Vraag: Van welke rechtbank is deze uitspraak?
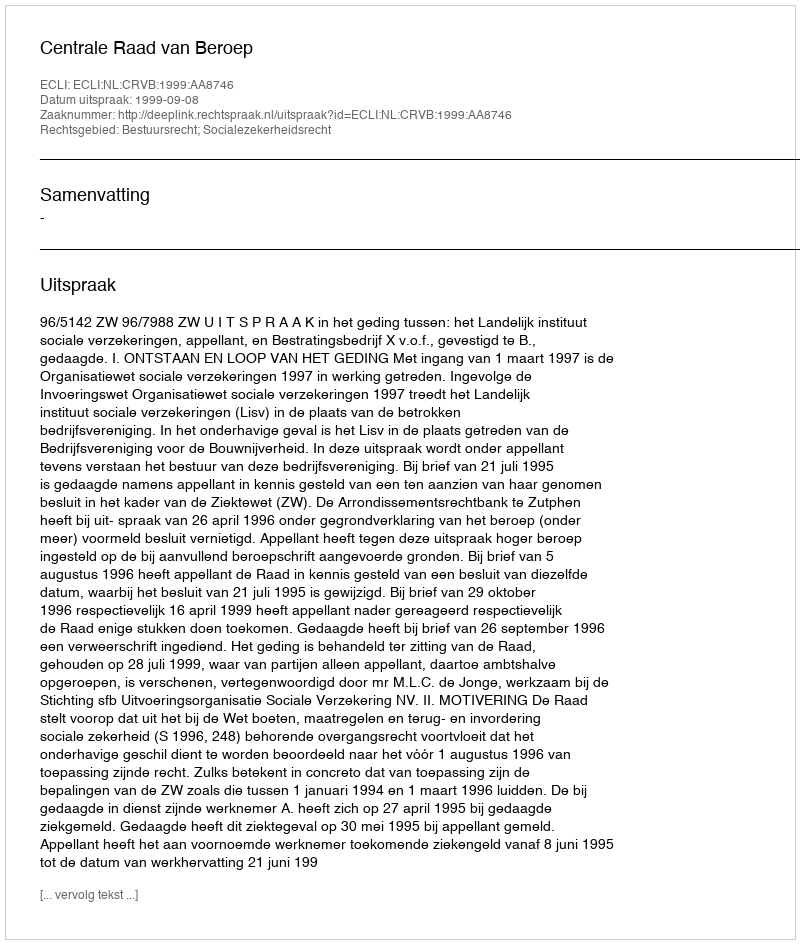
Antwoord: Centrale Raad van Beroep